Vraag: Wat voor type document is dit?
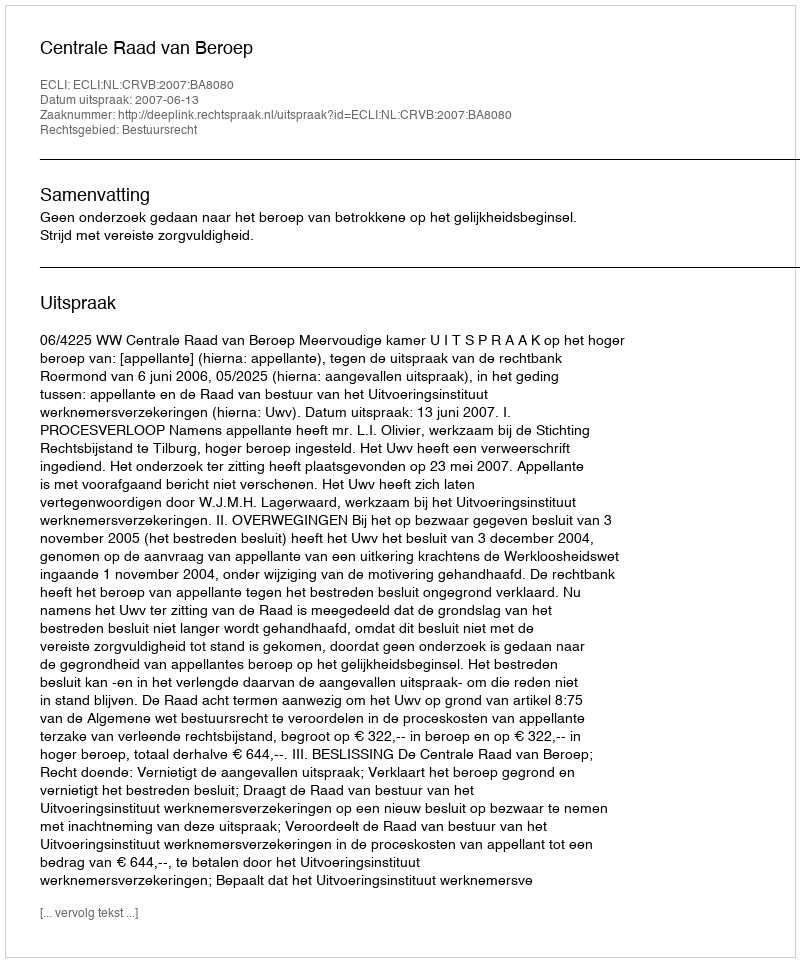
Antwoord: Uitspraak